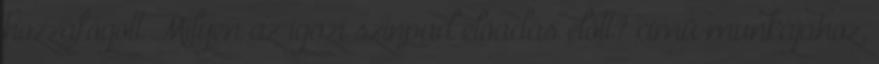
hozzáfogott Milyen az igazi színpad előadás előtt? című munkájához,